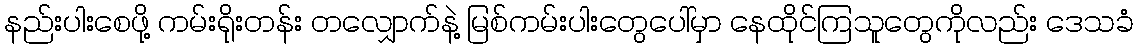
နည်းပါးစေဖို့ ကမ်းရိုးတန်း တလျှောက်နဲ့ မြစ်ကမ်းပါးတွေပေါ်မှာ နေထိုင်ကြသူတွေကိုလည်း ဒေသခံ